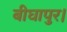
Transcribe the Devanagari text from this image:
बीघापुर।